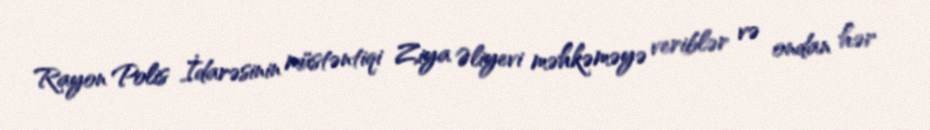
Rayon Polis İdarəsinin müstəntiqi Ziya Əliyevi məhkəməyə veriblər və ondan hər